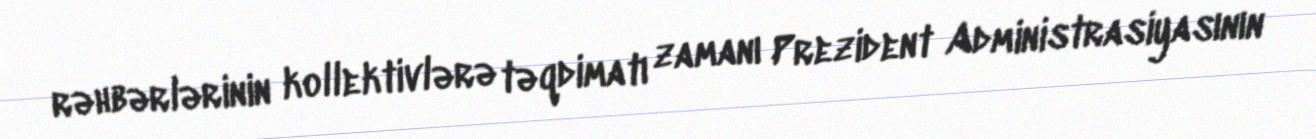
rəhbərlərinin kollektivlərə təqdimatı zamanı Prezident Administrasiyasının